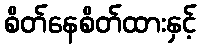
စိတ်နေစိတ်ထားနှင့်